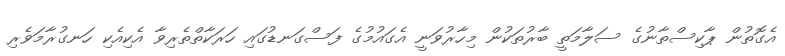
އެގޮތުން ޕާކިސްތާނުގެ ސަލާމަތީ ބާރުތަކުން މިހާރުވަނީ އެގައުމުގެ ފަސްގަނޑުގައި ހަރަކާތްތެރިވާ އެކިއެކި ހަނގުރާމަވެރި